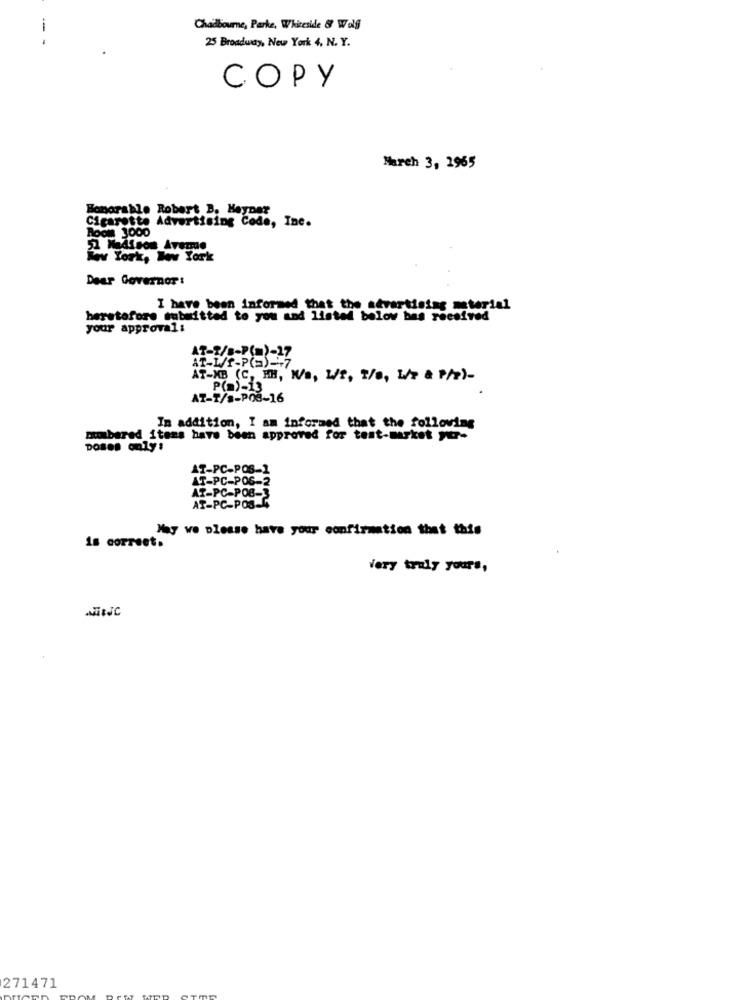
-
Chadbourne, Parke, Whiteside & Wolf
25 Broadway, New York 4, N. Y.
COPY
March 3, 1965
Bonorable Robert B. Heypar
Cigarette Advertising Code, Ine.
Room 3000
2 Medisos Avere
Www York, New York
Dear Governor:
I have been informed that the advertising material
heretofore submitted to you and listed below bas received
your approval:
AT-2/8-P(m)-17
AT-XB (C, HH, W/a, W/t, 1/0, L/P & P/P)-
P(a)-13
AT-T/s-POS-16
In addition, I am informed that the following
mbered items have been approved for tent-market yr-
DOBes only:
AT-PC-POS-1
AT-PC-POS-2
AT-PC-POB-3
AT-PC-POS-C
May we blouse have your confirmation that this
is correct.
Very truly yours,
271471